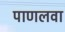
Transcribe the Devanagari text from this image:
पाणलवा